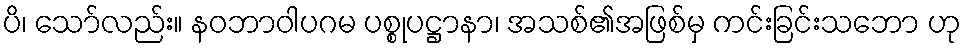
ပိ၊ သော်လည်း။ နဝဘာဝါပဂမ ပစ္စုပဋ္ဌာနာ၊ အသစ်၏အဖြစ်မှ ကင်းခြင်းသဘော ဟု